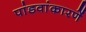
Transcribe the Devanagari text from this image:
पांडवांकारणें